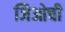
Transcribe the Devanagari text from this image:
जिओची